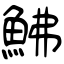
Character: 鮄